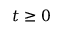
t \geq 0